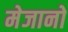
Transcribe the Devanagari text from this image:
मेजानो